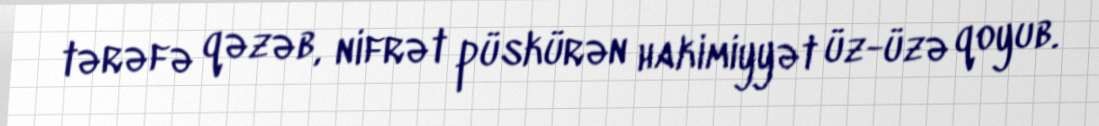
tərəfə qəzəb, nifrət püskürən hakimiyyət üz-üzə qoyub.